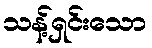
သန့်ရှင်းသော